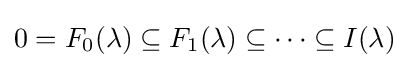
0=F_{0}(\lambda )\subseteq F_{1}(\lambda )\subseteq \dots \subseteq I(\lambda )